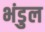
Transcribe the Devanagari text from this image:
भंडुल